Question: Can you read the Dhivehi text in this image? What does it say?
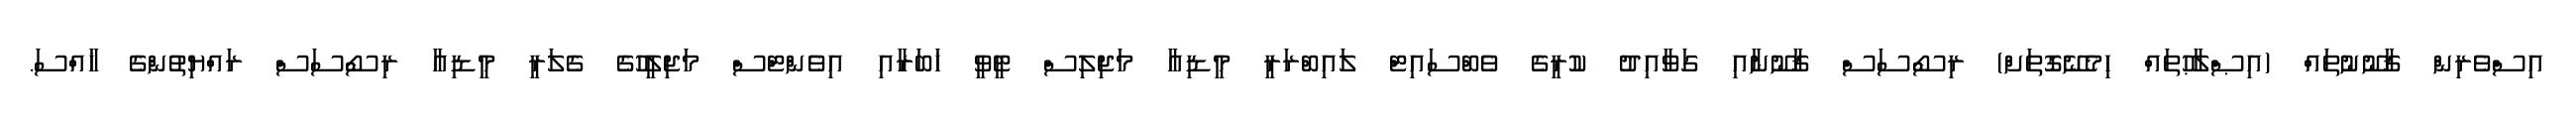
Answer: އިސްވެރިން ޤާނޫނުތައް (އިޞްލާޙުތައް ހިމެނޭގޮތަށް) ރިސޯސަސް ޤާނޫނާއި ގަވާއިދު ކުރީގެ ވެބްސައިޓް ލައިބްރަރީ މީޑިއާ މަޖިލިސް ޓީވީ ޚަބަރާއި އިވެންޓްސް މަޖިލީހުގެ ގެލަރީ މީޑިއާ ރިސޯސަސް ރައްޔިތުންގެ ޚާއްސަ.